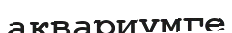
аквариумге